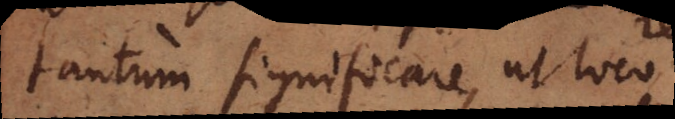
tantum significare, ut loco